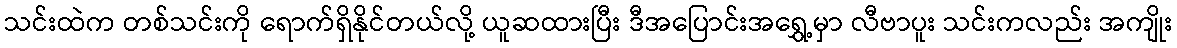
သင်းထဲက တစ်သင်းကို ရောက်ရှိနိုင်တယ်လို့ ယူဆထားပြီး ဒီအပြောင်းအရွှေ့မှာ လီဗာပူး သင်းကလည်း အကျိုး